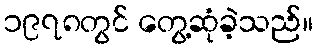
၁၉၇၈တွင် တွေ့ဆုံခဲ့သည်။